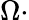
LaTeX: \Omega\cdot